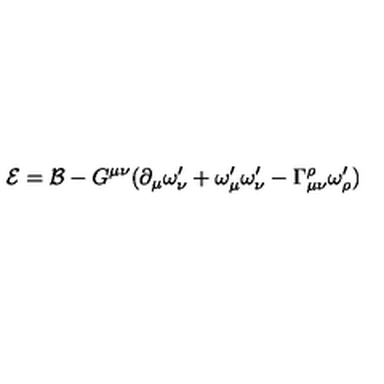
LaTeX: \mathcal { E = B } - G ^ { \mu \nu } ( \partial _ { \mu } \omega _ { \nu } ^ { \prime } + \omega _ { \mu } ^ { \prime } \omega _ { \nu } ^ { \prime } - \Gamma _ { \mu \nu } ^ { \rho } \omega _ { \rho } ^ { \prime } )